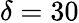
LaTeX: \delta=30